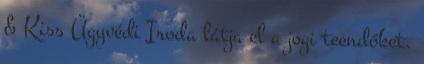
& Kiss Ügyvédi Iroda látja el a jogi teendőket.